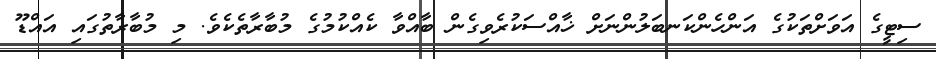
ސިޓީގެ އަވަށްތަކުގެ އަންހެންކަނބަލުންނަށް ޚާއްސަކުރެވިގެން ބާއްވާ ކެއްކުމުގެ މުބާރާތެކެވެ. މި މުބާރާތުގައި އައްޑޫ